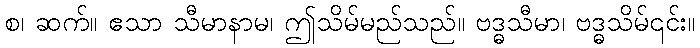
စ၊ ဆက်။ ဧသာ သီမာနာမ၊ ဤသိမ်မည်သည်။ ဗဒ္ဓသီမာ၊ ဗဒ္ဓသိမ်၎င်း။